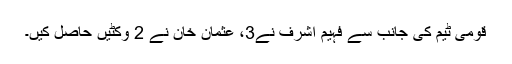
قومی ٹیم کی جانب سے فہیم اشرف نے3، عثمان خان نے 2 وکٹیں حاصل کیں۔